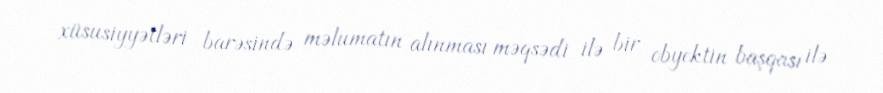
xüsusiyyətləri barəsində məlumatın alınması məqsədi ilə bir obyektin başqası ilə